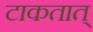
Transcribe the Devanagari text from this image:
टाकतात्